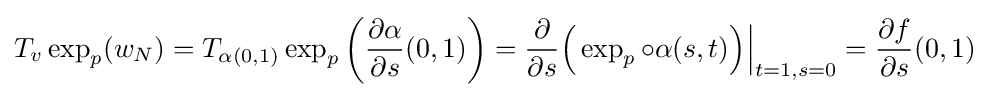
T_{v}\exp _{p}(w_{N})=T_{\alpha (0,1)}\exp _{p}\left({\frac {\partial \alpha }{\partial s}}(0,1)\right)={\frac {\partial }{\partial s}}{\Bigl (}\exp _{p}\circ \alpha (s,t){\Bigr )}{\Big \vert }_{t=1,s=0}={\frac {\partial f}{\partial s}}(0,1)